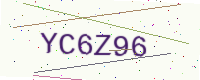
Text: YC6Z96